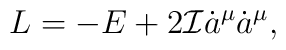
L=-E+2{\cal I}\dot{a}^{\mu}\dot{a}^{\mu},